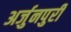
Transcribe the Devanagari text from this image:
अर्जुनपुरी